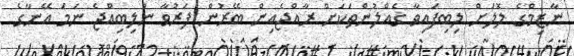
ނާޒިމްގެ ލޮލަށް ލިބިފައިވާ ގެއްލުންތަކަށް ރާއްޖެއިން ބޭރުން ފަރުވާ ނުލިބިއްޖެ ނަމަ އޭނާގެ